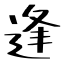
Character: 逢